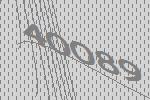
40089